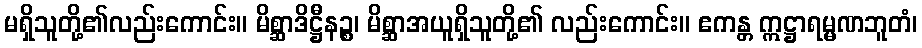
မရှိသူတို့၏လည်းကောင်း။ မိစ္ဆာဒိဋ္ဌီနဉ္စ၊ မိစ္ဆာအယူရှိသူတို့၏ လည်းကောင်း။ ဧကန္တ ဣဋ္ဌာရမ္မဏဘူတံ၊